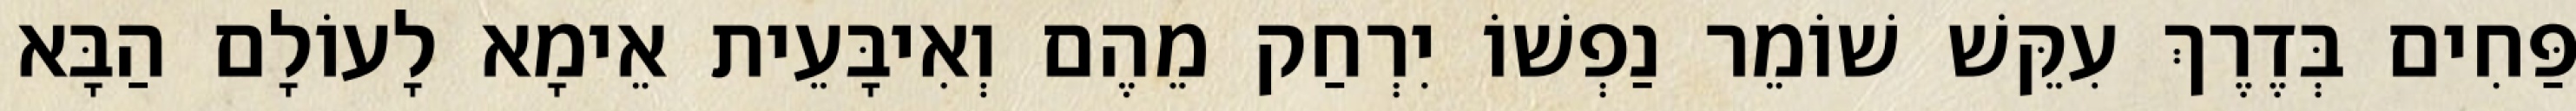
פַּחִים בְּדֶרֶךְ עִקֵּשׁ שׁוֹמֵר נַפְשׁוֹ יִרְחַק מֵהֶם וְאִיבָּעֵית אֵימָא לָעוֹלָם הַבָּא